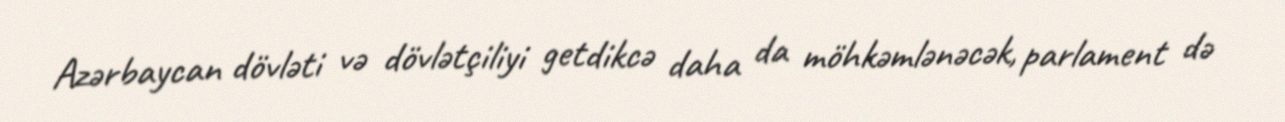
Azərbaycan dövləti və dövlətçiliyi getdikcə daha da möhkəmlənəcək, parlament də